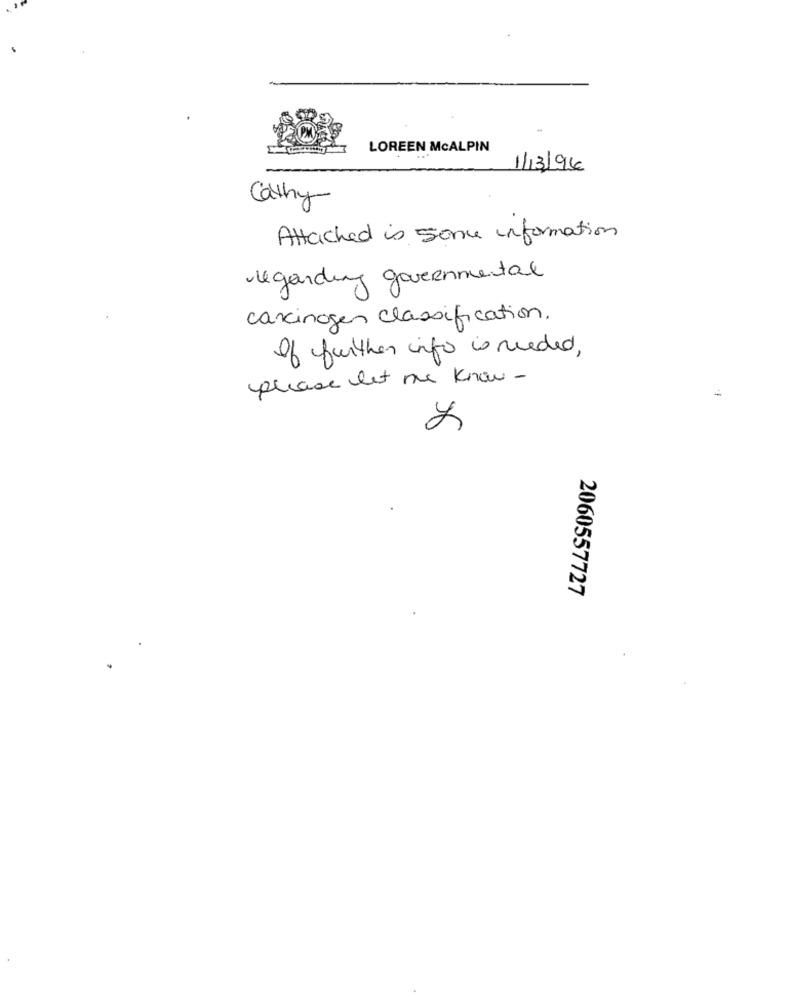
LOREEN MCALPIN
1/13/96
Cathy
Attached is some information
regarding governmental
carcinogen classification.
of further info is needed,
please let me know -
2060557727